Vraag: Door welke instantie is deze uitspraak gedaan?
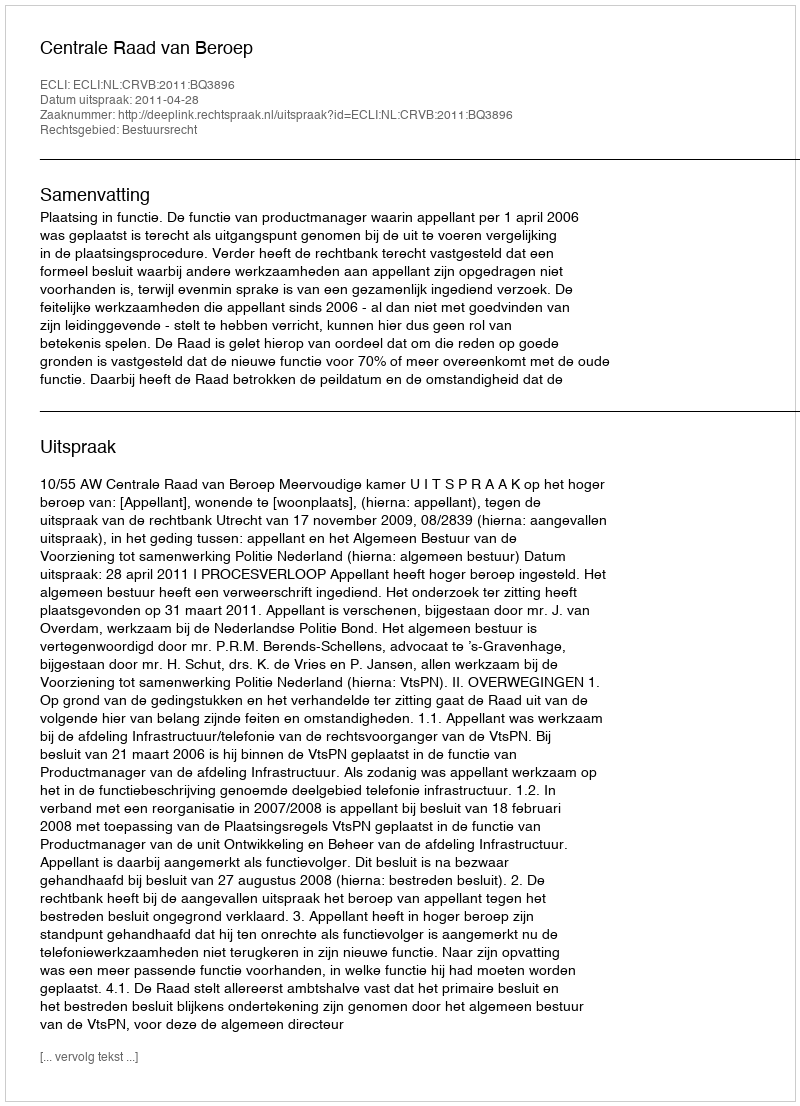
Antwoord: Centrale Raad van Beroep